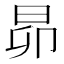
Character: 昴